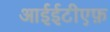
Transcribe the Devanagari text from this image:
आईईटीएफ़